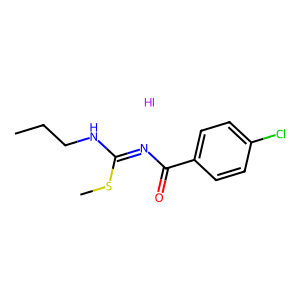
SMILES: CCCNC(=NC(=O)c1ccc(Cl)cc1)SC.I
Inhibits HIV replication: No